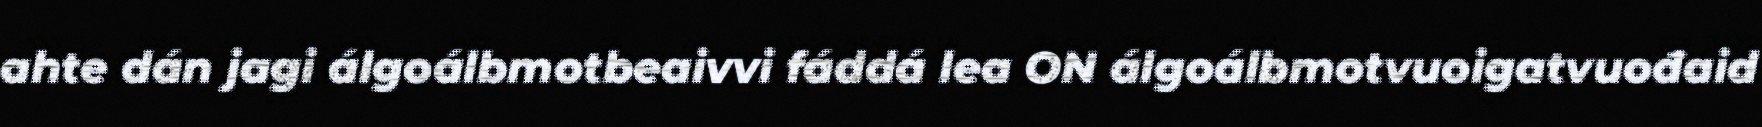
ahte dán jagi álgoálbmotbeaivvi fáddá lea ON álgoálbmotvuoigatvuođaid